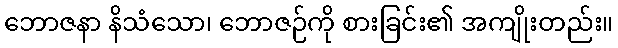
ဘောဇနာ နိသံသော၊ ဘောဇဉ်ကို စားခြင်း၏ အကျိုးတည်း။